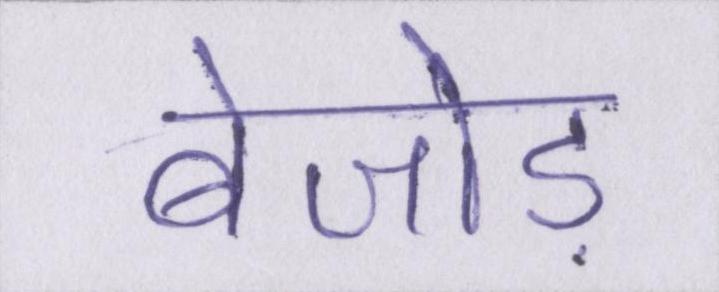
बेजोड़